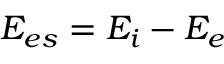
E _ { e s } = E _ { i } - E _ { e }